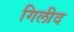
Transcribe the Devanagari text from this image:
गिलीद